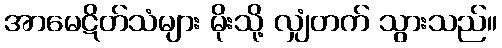
အာမေဋိတ်သံများ မိုးသို့ လျှံတက် သွားသည်။